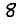
Digit: 8